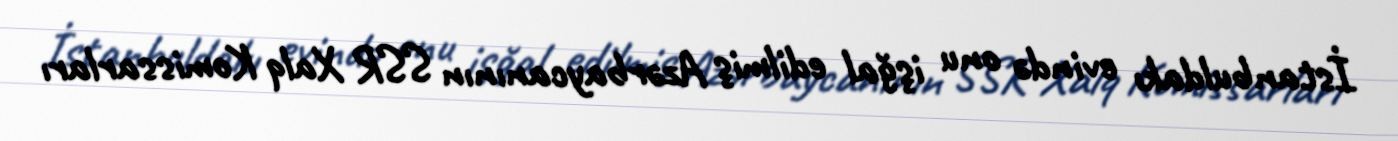
İstanbuldakı evində onu işğal edilmiş Azərbaycanının SSR Xalq Komissarları